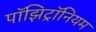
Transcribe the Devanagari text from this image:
पॉझिट्रॉनियम